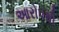
આરોપથી